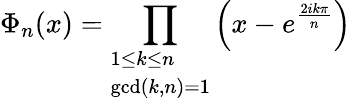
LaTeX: \Phi_{n}(x)=\prod_{\begin{array}{l}{1\leq k\leq n}\\ {\operatorname*{gcd}(k,n)=1}\end{array}}\left(x-e^{\frac{2ik\pi}{n}}\right)